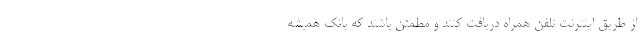
از طریق اینترنت تلفن همراه دریافت کنند و مطمئن باشند که بانک همیشه